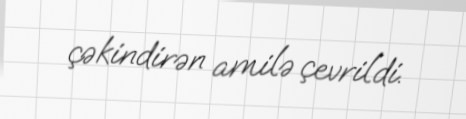
çəkindirən amilə çevrildi.